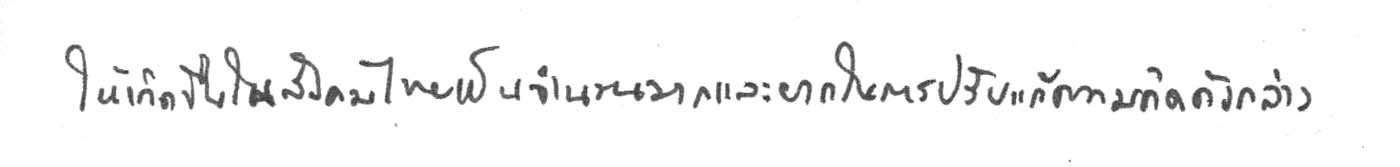
ให้เกิดขึ้นในสังคมไทยเป็นจำนวนมากและยากในการปรับแก้ความคิดดังกล่าว